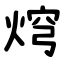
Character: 焪